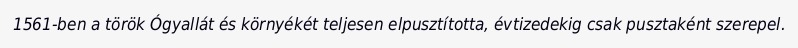
1561-ben a török Ógyallát és környékét teljesen elpusztította, évtizedekig csak pusztaként szerepel.